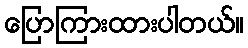
ပြောကြားထားပါတယ်။